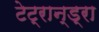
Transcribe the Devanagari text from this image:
टेट्रान्ड्रा